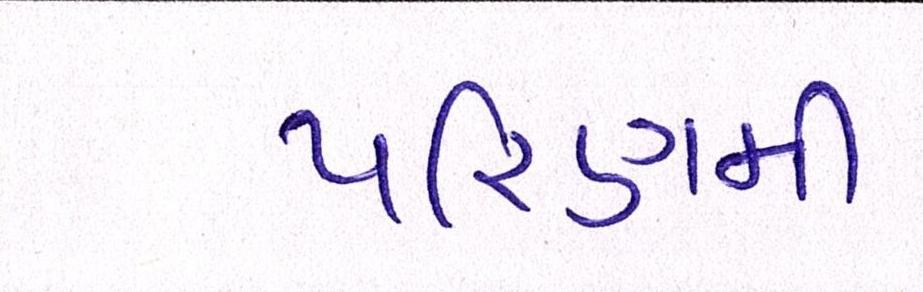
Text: પરિણમી